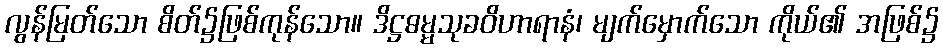
လွန်မြတ်သော စိတ်၌ဖြစ်ကုန်သော။ ဒိဋ္ဌဓမ္မသုခဝိဟာရာနံ၊ မျက်မှောက်သော ကိုယ်၏ အဖြစ်၌